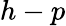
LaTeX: h-p